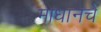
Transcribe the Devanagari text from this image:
माधानचे